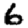
Digit: 6